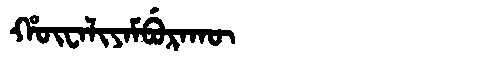
Manchu: ᡥᡡᠸᠠᠯᡳᠶᠠᠮᠪᡠᡵᠠᡴᡡ
Romanization: HŪWALIYAMBURAKŪ